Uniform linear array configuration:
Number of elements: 64
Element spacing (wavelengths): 0.5
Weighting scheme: binomial
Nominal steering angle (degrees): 60
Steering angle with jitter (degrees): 59.511
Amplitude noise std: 0.05
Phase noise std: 0.05

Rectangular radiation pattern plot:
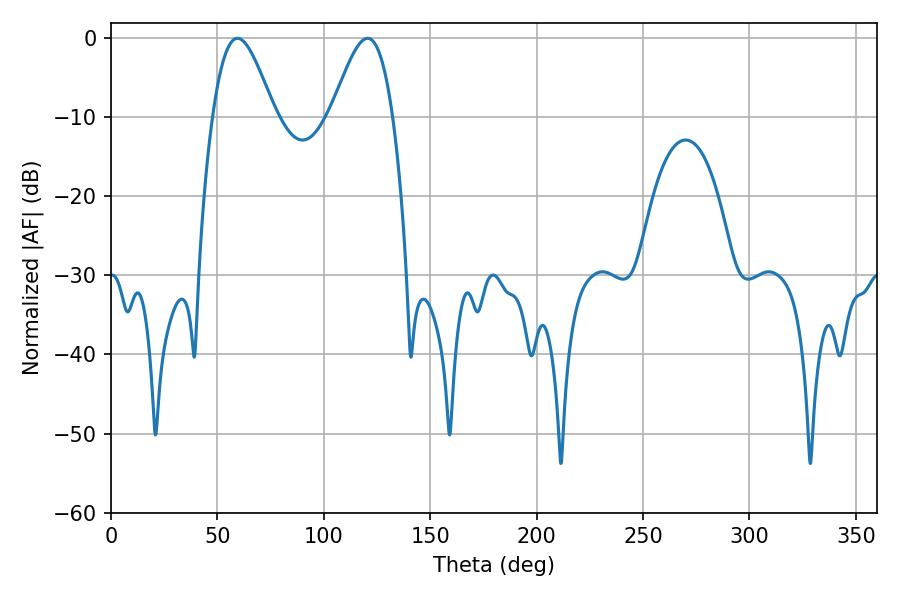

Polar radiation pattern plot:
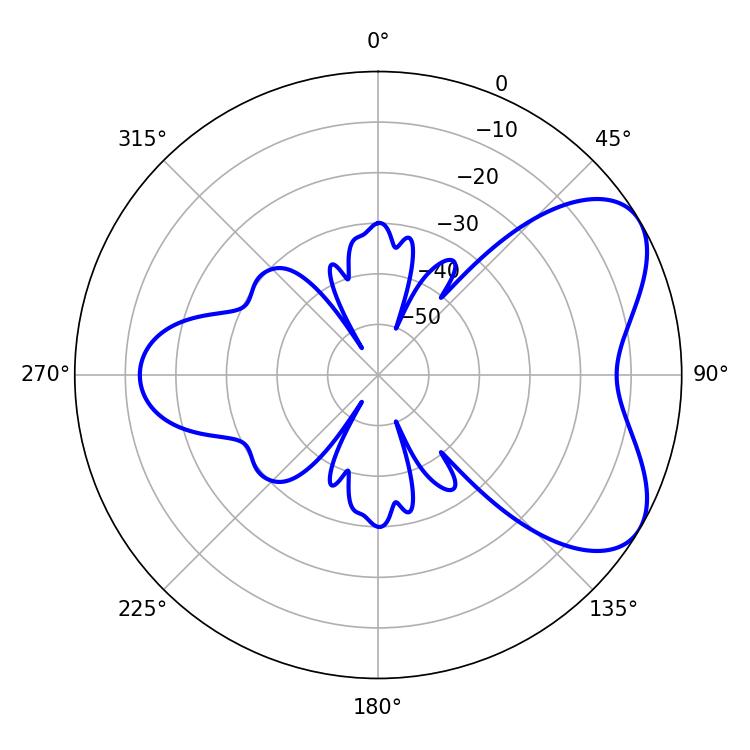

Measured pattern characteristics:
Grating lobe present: FALSE
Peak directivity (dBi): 5.876
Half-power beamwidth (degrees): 15.48
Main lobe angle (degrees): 59.4